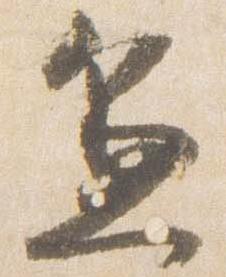
兼